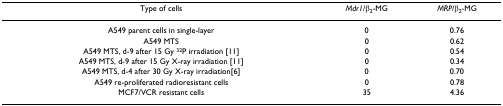
| Type of cells | Mdr1/β2-MG | MRP/β2-MG |
 | --- | --- | --- |
 | A549 parent cells in single-layer | 0 | 0.76 |
 | A549 MTS | 0 | 0.62 |
 | A549 MTS, d-9 after 15 Gy 32P irradiation [11] | 0 | 0.54 |
 | A549 MTS, d-9 after 15 Gy X-ray irradiation [11] | 0 | 0.34 |
 | A549 MTS, d-4 after 30 Gy X-ray irradiation[6] | 0 | 0.70 |
 | A549 re-proliferated radioresistant cells | 0 | 0.78 |
 | MCF7/VCR resistant cells | 35 | 4.36 |